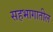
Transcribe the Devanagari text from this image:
सहभागातील